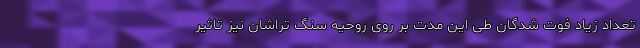
تعداد زیاد فوت شدگان طی این مدت بر روی روحیه سنگ تراشان نیز تاثیر